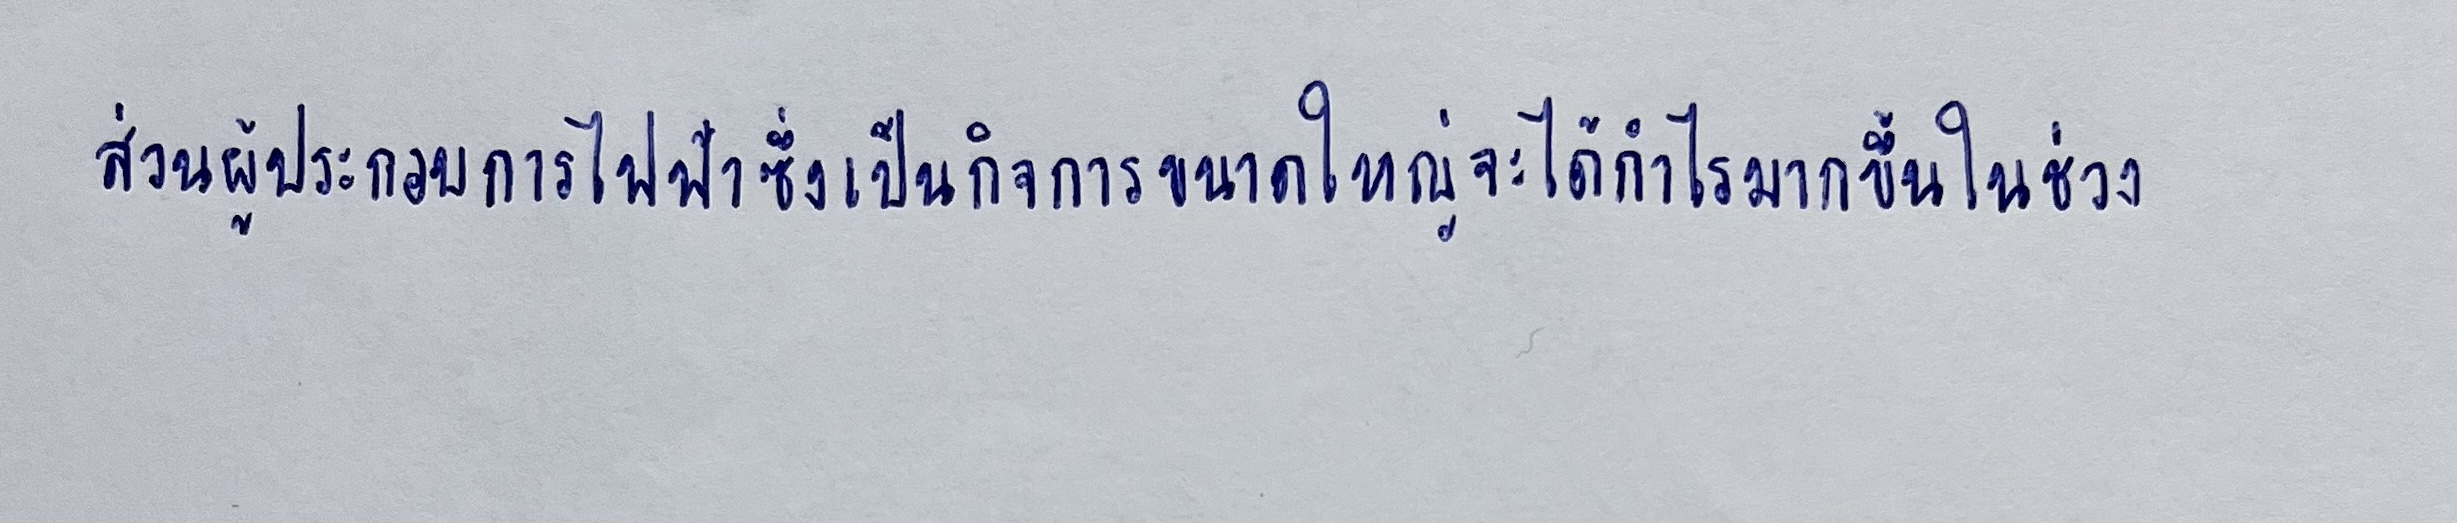
ส่วนผู้ประกอบการไฟฟ้าซึ่งเป็นกิจการขนาดใหญ่จะได้กำไรมากขึ้นในช่วง